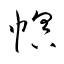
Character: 幎